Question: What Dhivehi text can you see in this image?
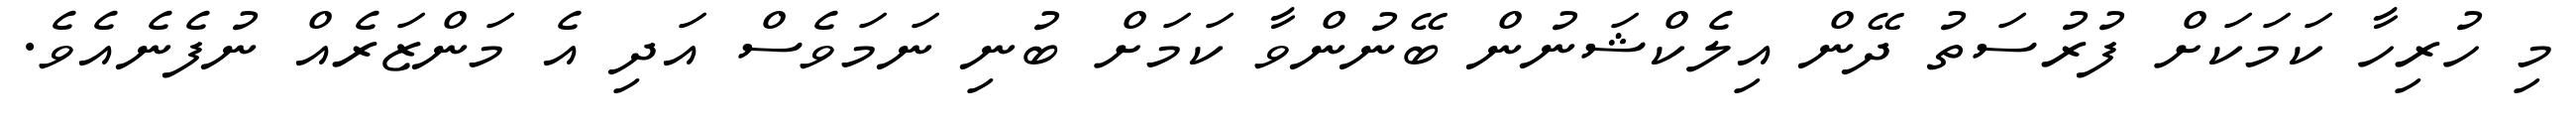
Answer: މި ހުރިހާ ކަމަކަށް ފުރުސަތު ދޭން އިލެކްޝަނުން ބޭނުންވާ ކަމަށް ބުނި ނަމަވެސް އަދި އެ މަންޒަރެއް ނުފެނެއެވެ.